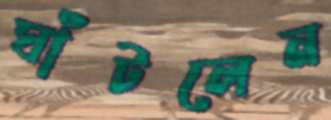
ঘাঁটলেন